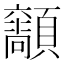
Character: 𩕴